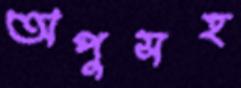
অপুসহ